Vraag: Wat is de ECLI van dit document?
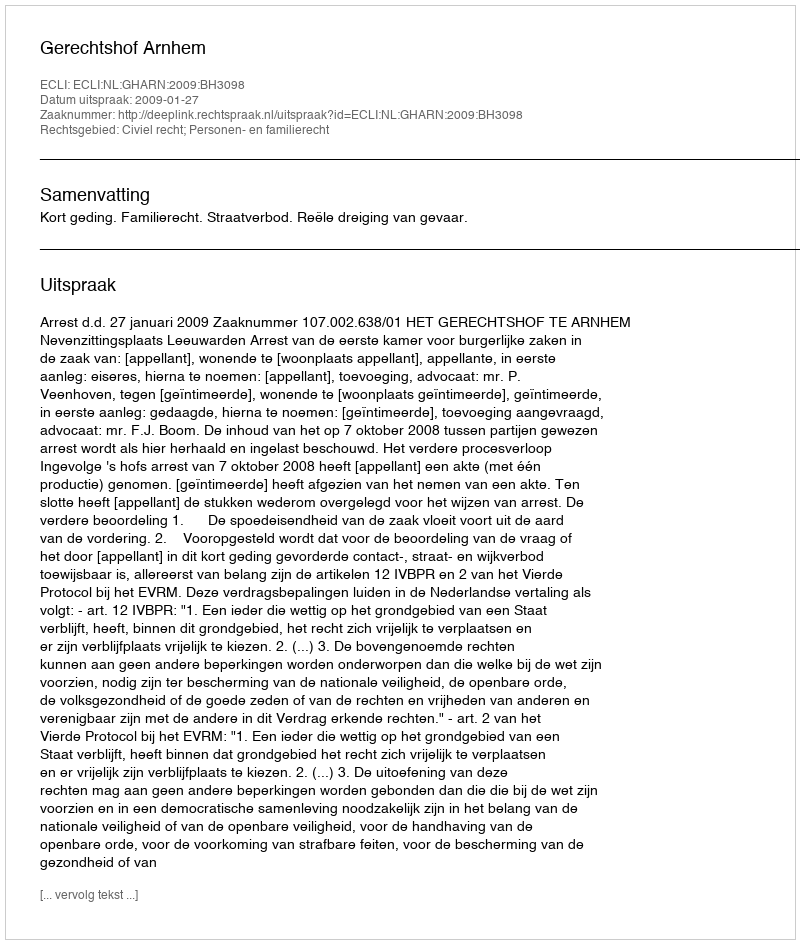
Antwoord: ECLI:NL:GHARN:2009:BH3098